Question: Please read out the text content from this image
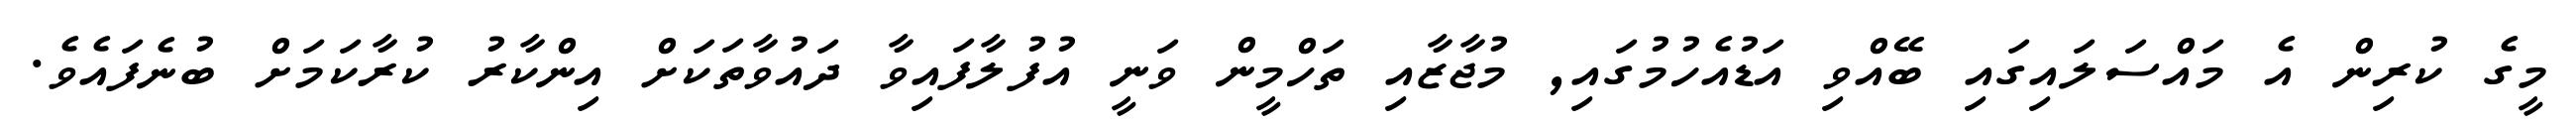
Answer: މީގެ ކުރިން އެ މައްސަލައިގައި ބޭއްވި އަޑުއެހުމުގައި, މުޖާޒާއި ތަހްމީން ވަނީ އުފުލާފައިވާ ދައުވާތަކަށް އިންކާރު ކުރާކަމަށް ބުނެފައެވެ.